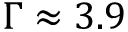
\Gamma \approx 3 . 9